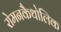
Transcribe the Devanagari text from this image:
रोमनकैथोलिक